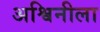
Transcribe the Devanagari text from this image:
अश्विनीला